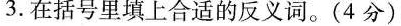
3.在括号里填上合适的反义词。(4分)